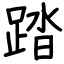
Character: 踏